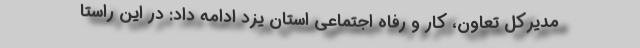
مدیرکل تعاون،‌ کار و رفاه اجتماعی استان یزد ادامه داد: در این راستا